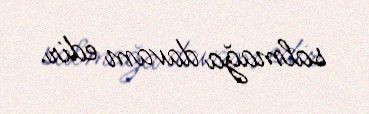
salmağa davam edir.